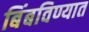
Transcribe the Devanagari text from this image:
बिंबविण्यात